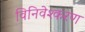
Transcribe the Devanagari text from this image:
विनिवेश्करण